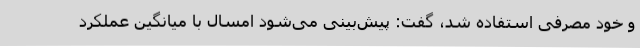
و خود مصرفی استفاده شد، گفت: پیش‌بینی می‌شود امسال با میانگین عملکرد